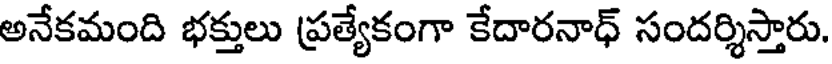
అనేకమంది భక్తులు ప్రత్యేకంగా కేదారనాధ్ సందర్శిస్తారు.